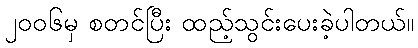
၂၀၀၆မှ စတင်ပြီး ထည့်သွင်းပေးခဲ့ပါတယ်။